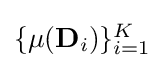
{\textstyle \{\mu (\mathbf {D} _{i})\}_{i=1}^{K}}